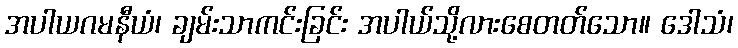
အပါယဂမနီယံ၊ ချမ်းသာကင်းခြင်း အပါယ်သို့လားစေတတ်သော။ ဒေါသံ၊